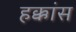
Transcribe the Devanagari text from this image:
हक्कांस